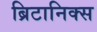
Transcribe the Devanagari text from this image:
ब्रिटानिक्स